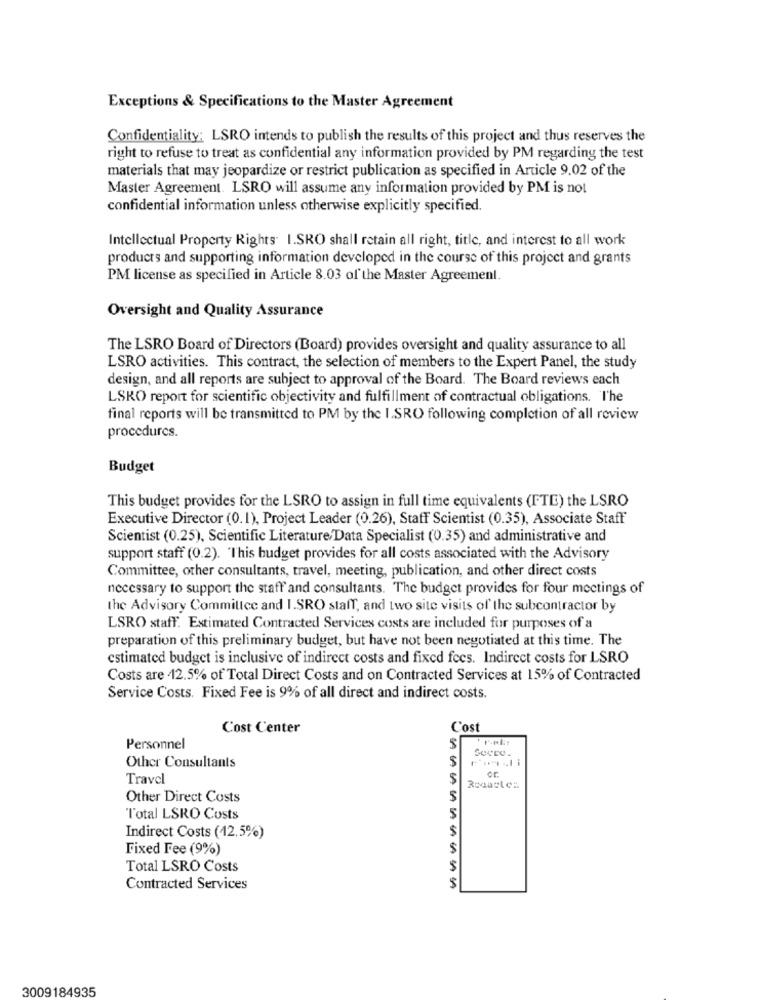
Exceptions & Specifications to the Master Agreement
Confidentiality: LSRO intends to publish the results of this project and thus reserves the
right to refuse to treat as confidential any information provided by PM regarding the test
materials that may jeopardize or restrict publication as specified in Article 9.02 of the
Master Agreement. LSRO will assume any information provided by PM is not
confidential information unless otherwise explicitly specified.
Intellectual Property Rights I.SRO shall retain all right, title, and interest to all work
products and supporting information developed in the course of this project and grants
PM license as specified in Article 8.03 of the Master Agreement.
Oversight and Quality Assurance
The LSRO Board of Directors (Board) provides oversight and quality assurance to all
LSRO activities. This contract, the selection of members to the Expert Panel, the study
design, and all reports are subject to approval of the Board. The Board reviews each
LSKO report for scientific objectivity and fulfillment of contractual obligations. The
final reports will be transmitted to PM by the I.SRO following completion of all review
procedures.
Budget
This budget provides for the LSRO to assign in full time equivalents (FTE) the LSRO
Executive Director (0.1), Project Leader (0.26), Staff Scientist (0.35), Associate Staff
Scientist (0.25), Scientific Literature/Data Specialist (0.35) and administrative and
support staff (0.2). "This budget provides for all costs associated with the Advisory
Committee, other consultants, travel, meeting, publication, and other direct costs
necessary to support the staff and consultants. The budget provides for four meetings of
the Advisory Committee and I.SRO staff, and two site visits of the subcontractor by
LSRO staff. Estimated Contracted Services costs are included for purposes of a
preparation of this preliminary budget, but have not been negotiated at this time. The
estimated budget is inclusive of indirect costs and fixed fees. Indirect costs for LSRO
Costs are 12.5% of Total Direct Costs and on Contracted Services at 15% of Contracted
Service Costs. Fixed Fee is 9% of all direct and indirect costs.
Cost Center
Cost
Personnel
Other Consultants
Travel
Other Direct Costs
Total LSRO Costs
$
Indirect Costs (12,5%)
Fixed Fee (9%)
$
Total LSRO Costs
$
Contracted Services
3009184935